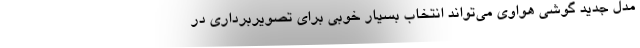
مدل جدید گوشی هواوی می‌تواند انتخاب بسیار خوبی برای تصویربرداری در